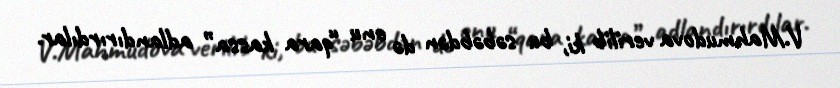
V.Mahmudova verilib ki, bu səbəbdən də onu “qara kassa” adlandırırdılar.